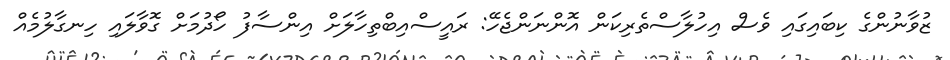
ޒުވާނުންގެ ކިބައިގައި ވެސް އިހުލާސްތެރިކަން އޮންނަންޖެހޭ: ރައީސްއިބްތިހާލަށް އިންސާފު ހޯދުމަށް ގޮވާލައި ހިނގާލުމެއް